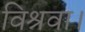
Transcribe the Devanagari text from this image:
विश्रवा।